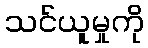
သင်ယူမှုကို